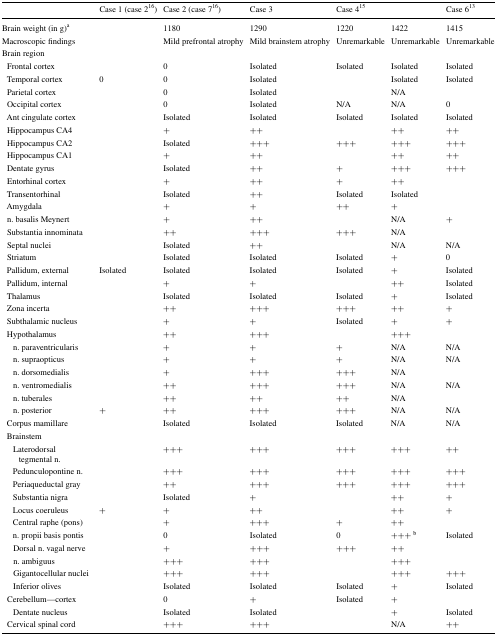
<table><thead><tr><td>[EMPTY_CELL]</td><td><b>Case 1 (case 2<sup>16</sup>)</b></td><td><b>Case 2 (case 7<sup>16</sup>)</b></td><td><b>Case 3</b></td><td><b>Case 4<sup>15</sup></b></td><td>[EMPTY_CELL]</td><td><b>Case 6<sup>13</sup></b></td></tr></thead><tbody><tr><td>Brain weight (in g)<sup>a</sup></td><td>[EMPTY_CELL]</td><td>1180</td><td>1290</td><td>1220</td><td>1422</td><td>1415</td></tr><tr><td>Macroscopic findings</td><td>[EMPTY_CELL]</td><td>Mild prefrontal atrophy</td><td>Mild brainstem atrophy</td><td>Unremarkable</td><td>Unremarkable</td><td>Unremarkable</td></tr><tr><td>Brain region</td><td colspan="6">[EMPTY_CELL]</td></tr><tr><td> Frontal cortex</td><td>[EMPTY_CELL]</td><td>0</td><td>Isolated</td><td>Isolated</td><td>Isolated</td><td>Isolated</td></tr><tr><td> Temporal cortex</td><td>0</td><td>0</td><td>Isolated</td><td>[EMPTY_CELL]</td><td>Isolated</td><td>Isolated</td></tr><tr><td> Parietal cortex</td><td>[EMPTY_CELL]</td><td>0</td><td>Isolated</td><td>[EMPTY_CELL]</td><td>N/A</td><td>[EMPTY_CELL]</td></tr><tr><td> Occipital cortex</td><td>[EMPTY_CELL]</td><td>0</td><td>Isolated</td><td>N/A</td><td>N/A</td><td>0</td></tr><tr><td> Ant cingulate cortex</td><td>[EMPTY_CELL]</td><td>Isolated</td><td>Isolated</td><td>Isolated</td><td>Isolated</td><td>Isolated</td></tr><tr><td> Hippocampus CA4</td><td>[EMPTY_CELL]</td><td>+</td><td>++</td><td>[EMPTY_CELL]</td><td>++</td><td>++</td></tr><tr><td> Hippocampus CA2</td><td>[EMPTY_CELL]</td><td>Isolated</td><td>+++</td><td>+++</td><td>+++</td><td>+++</td></tr><tr><td> Hippocampus CA1</td><td>[EMPTY_CELL]</td><td>+</td><td>++</td><td>[EMPTY_CELL]</td><td>++</td><td>++</td></tr><tr><td> Dentate gyrus</td><td>[EMPTY_CELL]</td><td>Isolated</td><td>++</td><td>+</td><td>+++</td><td>+++</td></tr><tr><td> Entorhinal cortex</td><td>[EMPTY_CELL]</td><td>+</td><td>++</td><td>+</td><td>++</td><td>[EMPTY_CELL]</td></tr><tr><td> Transentorhinal</td><td>[EMPTY_CELL]</td><td>Isolated</td><td>++</td><td>Isolated</td><td>Isolated</td><td>[EMPTY_CELL]</td></tr><tr><td> Amygdala</td><td>[EMPTY_CELL]</td><td>+</td><td>+</td><td>++</td><td>+</td><td>[EMPTY_CELL]</td></tr><tr><td> n. basalis Meynert</td><td>[EMPTY_CELL]</td><td>+</td><td>++</td><td>[EMPTY_CELL]</td><td>N/A</td><td>+</td></tr><tr><td> Substantia innominata</td><td>[EMPTY_CELL]</td><td>++</td><td>+++</td><td>+++</td><td>N/A</td><td>[EMPTY_CELL]</td></tr><tr><td> Septal nuclei</td><td>[EMPTY_CELL]</td><td>Isolated</td><td>++</td><td>[EMPTY_CELL]</td><td>N/A</td><td>N/A</td></tr><tr><td> Striatum</td><td>[EMPTY_CELL]</td><td>Isolated</td><td>Isolated</td><td>Isolated</td><td>+</td><td>0</td></tr><tr><td> Pallidum, external</td><td>Isolated</td><td>Isolated</td><td>Isolated</td><td>Isolated</td><td>+</td><td>Isolated</td></tr><tr><td> Pallidum, internal</td><td>[EMPTY_CELL]</td><td>+</td><td>+</td><td>[EMPTY_CELL]</td><td>++</td><td>Isolated</td></tr><tr><td> Thalamus</td><td>[EMPTY_CELL]</td><td>Isolated</td><td>Isolated</td><td>Isolated</td><td>+</td><td>Isolated</td></tr><tr><td> Zona incerta</td><td>[EMPTY_CELL]</td><td>++</td><td>+++</td><td>+++</td><td>++</td><td>+</td></tr><tr><td> Subthalamic nucleus</td><td>[EMPTY_CELL]</td><td>+</td><td>+</td><td>Isolated</td><td>+</td><td>+</td></tr><tr><td> Hypothalamus</td><td>[EMPTY_CELL]</td><td>++</td><td>+++</td><td>[EMPTY_CELL]</td><td>+++</td><td>[EMPTY_CELL]</td></tr><tr><td>n. paraventricularis</td><td>[EMPTY_CELL]</td><td>+</td><td>+</td><td>+</td><td>N/A</td><td>N/A</td></tr><tr><td>n. supraopticus</td><td>[EMPTY_CELL]</td><td>+</td><td>+</td><td>+</td><td>N/A</td><td>N/A</td></tr><tr><td>n. dorsomedialis</td><td>[EMPTY_CELL]</td><td>+</td><td>+++</td><td>+++</td><td>N/A</td><td>[EMPTY_CELL]</td></tr><tr><td>n. ventromedialis</td><td>[EMPTY_CELL]</td><td>++</td><td>+++</td><td>+++</td><td>N/A</td><td>N/A</td></tr><tr><td>n. tuberales</td><td>[EMPTY_CELL]</td><td>++</td><td>++</td><td>++</td><td>N/A</td><td>[EMPTY_CELL]</td></tr><tr><td>n. posterior</td><td>+</td><td>++</td><td>+++</td><td>+++</td><td>N/A</td><td>N/A</td></tr><tr><td> Corpus mamillare</td><td>[EMPTY_CELL]</td><td>Isolated</td><td>Isolated</td><td>Isolated</td><td>N/A</td><td>N/A</td></tr><tr><td colspan="7"> Brainstem</td></tr><tr><td>Laterodorsal tegmental n.</td><td>[EMPTY_CELL]</td><td>+++</td><td>+++</td><td>+++</td><td>+++</td><td>++</td></tr><tr><td>Pedunculopontine n.</td><td>[EMPTY_CELL]</td><td>+++</td><td>+++</td><td>+++</td><td>+++</td><td>+++</td></tr><tr><td>Periaqueductal gray</td><td>[EMPTY_CELL]</td><td>++</td><td>+++</td><td>+++</td><td>+++</td><td>+++</td></tr><tr><td>Substantia nigra</td><td>[EMPTY_CELL]</td><td>Isolated</td><td>+</td><td>[EMPTY_CELL]</td><td>++</td><td>+</td></tr><tr><td>Locus coeruleus</td><td>+</td><td>+</td><td>++</td><td>[EMPTY_CELL]</td><td>++</td><td>+</td></tr><tr><td>Central raphe (pons)</td><td>[EMPTY_CELL]</td><td>+</td><td>+++</td><td>+</td><td>++</td><td>[EMPTY_CELL]</td></tr><tr><td>n. propii basis pontis</td><td>[EMPTY_CELL]</td><td>0</td><td>Isolated</td><td>0</td><td>+++ <sup>b</sup></td><td>Isolated</td></tr><tr><td>Dorsal n. vagal nerve</td><td>[EMPTY_CELL]</td><td>+</td><td>+++</td><td>+++</td><td>++</td><td>[EMPTY_CELL]</td></tr><tr><td>n. ambiguus</td><td>[EMPTY_CELL]</td><td>+++</td><td>+++</td><td>[EMPTY_CELL]</td><td>+++</td><td>[EMPTY_CELL]</td></tr><tr><td>Gigantocellular nuclei</td><td>[EMPTY_CELL]</td><td>+++</td><td>+++</td><td>[EMPTY_CELL]</td><td>+++</td><td>+++</td></tr><tr><td>Inferior olives</td><td>[EMPTY_CELL]</td><td>Isolated</td><td>Isolated</td><td>Isolated</td><td>+</td><td>Isolated</td></tr><tr><td> Cerebellum—cortex</td><td>[EMPTY_CELL]</td><td>0</td><td>+</td><td>Isolated</td><td>+</td><td>[EMPTY_CELL]</td></tr><tr><td>Dentate nucleus</td><td>[EMPTY_CELL]</td><td>Isolated</td><td>Isolated</td><td>[EMPTY_CELL]</td><td>+</td><td>Isolated</td></tr><tr><td> Cervical spinal cord</td><td>[EMPTY_CELL]</td><td>+++</td><td>+++</td><td>[EMPTY_CELL]</td><td>N/A</td><td>++</td></tr></tbody></table>